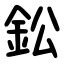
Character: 鈆